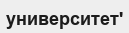
университет'